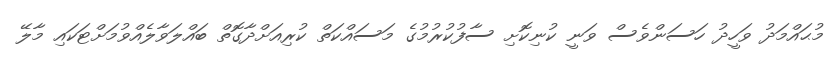
މުޙައްމަދު ވަހީދު ހަސަންވެސް ވަނީ ކުނިކޮށި ސާފުކުރުމުގެ މަސައްކަތް ކުރިއަށްދާގޮތް ބައްލަވާލެއްވުމަށްޓަކައި މާލޭ